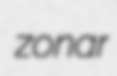
zonar